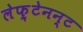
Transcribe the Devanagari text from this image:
लेफ़्टेनन्ट